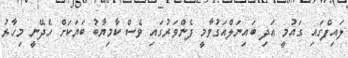
ލައިފްގައި ގައުމީ އަދި ބައިނަލްއަގުވާމީ ފެންވަރުގައި ވެސް ކާމިޔާބު ބަޔަކަށް ހެދޭނީ މިހާރު